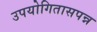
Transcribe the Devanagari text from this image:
उपयोगितासपन्न